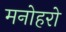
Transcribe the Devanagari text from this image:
मनोहरो